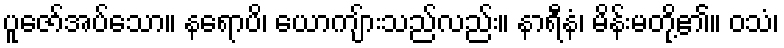
ပူဇော်အပ်သော။ နရောပိ၊ ယောကျ်ားသည်လည်း။ နာရီနံ၊ မိန်းမတို့၏။ ဝသံ၊